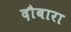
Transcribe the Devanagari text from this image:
दौबारा